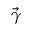
\vec { \gamma }